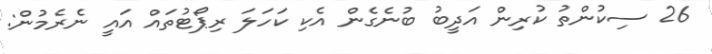
26 ސިކުންތު ކުރިން އަދީބު ބުނެގެން އެކި ކަހަލަ ރިޕޯޓުތައް އައީ ނެރެމުން: